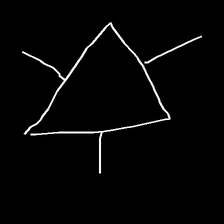
Glyph: fire